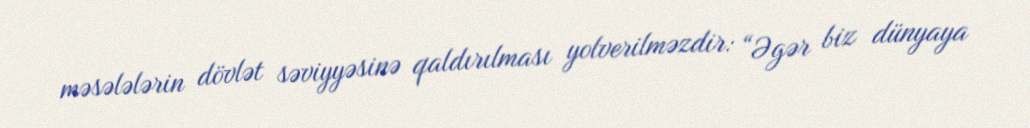
məsələlərin dövlət səviyyəsinə qaldırılması yolverilməzdir: “Əgər biz dünyaya